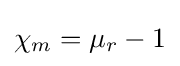
\chi _{m}=\mu _{r}-1